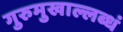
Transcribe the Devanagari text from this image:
गुरुमुखाल्लब्धं